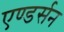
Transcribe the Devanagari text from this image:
एण्डर्सन